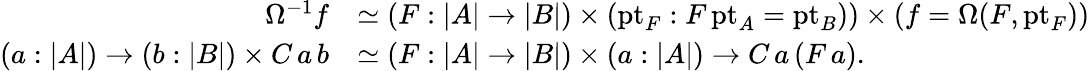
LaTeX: \begin{array}{rl}{\Omega^{-1}f}&{\simeq(F:|A|\to|B|)\times(\mathrm{pt}_{F}:F\, \mathrm{pt}_{A}=\mathrm{pt}_{B}))\times(f=\Omega(F,\mathrm{pt}_{F}))}\\ {(a:|A|)\to(b:|B|)\times C\, a\, b}&{\simeq(F:|A|\to|B|)\times(a:|A|)\to C\, a\, (F\, a).}\end{array}